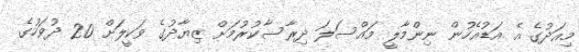
މިއަދުގެ އެ އަޑުއެހުން ނިންމާލީ މައްސަލަ ދިރާސާކުރުމަށް ޒިޔާދުގެ ވަކީލަށް 20 ދުވަހުގެ